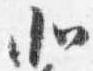
北